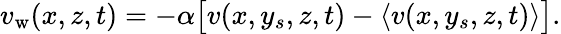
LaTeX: v_{\mathrm{w}}(x,z,t)=-\alpha\big[v(x,y_{s},z,t)-\langle v(x,y_{s},z,t)\rangle\big].